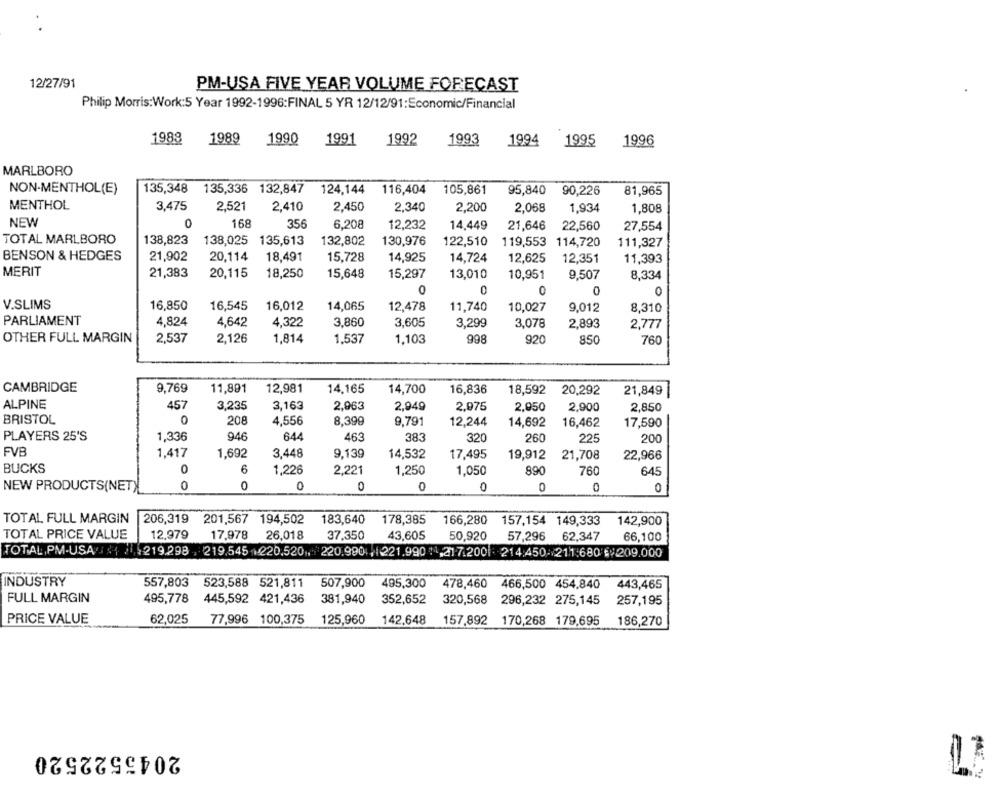
12/27/91
PM-USA FIVE YEAR VOLUME FORECAST
Philip Morris:Work:5 Year 1992-1996:FINAL 5 YR 12/12/91:Economic/Financial
1988
1989
1990
1991
1992
1993
1994 1995
1996
MARLBORO
NON-MENTHOL(E)
135,348
135,336
135,336 132,847
124,144
116,404
105,861
95,840
90,226
81,965
MENTHOL
3,475
2,521
2,410
2,450
2,340
2,200
2,068
1,934
1,808
NEW
0
168
356
6,208
12,232
14,449
21,646
22,560
27,554
TOTAL MARLBORO
138,823
138,025
132,802
130,976
135,613
122,510
119,553
114,720
111,327
BENSON & HEDGES
21,902
20,114
18,491
15,728
14,925
14,724
12,625
12,351
11,393
MERIT
21,383
18,250
20,115
15,648
15,297
13,010
10,951
9,507
8,334
0
0
0
0
V.SLIMS
16,850
16,545
16,012
14,065
12,478
11,740
10,027
9,012
8,310
PARLIAMENT
4,824
4,642
4,322
3,860
3,605
3,29
3,078
2,893
2,777
OTHER FULL MARGIN
2,537
2,126
1,814
1,537
1,103
998
92
850
760
CAMBRIDGE
9,769
11,891
12,981
14,165
14,700
16,836
18,592
20,292
21,849
ALPINE
457
3,235
3,163
2,963
2,949
2.975
2,950
2,900
2.850
BRISTOL
0
208
4,556
8,399
9,791
12,244
14,692
16,462
17,590
PLAYERS 25'S
1,336
946
644
463
383
320
260
225
200
FVB
1.417
1,692
3,448
9,139
14,532
17,495
19,912
21,708
22,966
BUCKS
6
1,226
2,221
1,250
1,050
890
760
645
NEW PRODUCTS(NET)
0
0
0
0
0
0
0
0
TOTAL FULL MARGIN
206,319 201,567 194,502
183,640
178,385
166,280 157,154 149,333
142,900
TOTAL PRICE VALUE
12,979
17,978
26,018
37,350
43,605
50,920
57,296
62,347
66,100
TOTAL,PM-USA// 11 /1, 219.298 , 219.545 +220.520 ., 220.990 , 221.990 11,217.200 214:450 211:680 € 209.000
INDUSTRY
557,803
523,588 521,811
507,900
495,300
478,460 466,500 454,840
443,465
FULL MARGIN
495,778 445,592 421,436 381,940
352,652
320,568 296,232 275,145
257,195
PRICE VALUE
62,025
77,996 100,375
125,960
142.648
157,892 170,268 179,695
186,270
2045522520